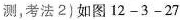
测，考法2)如图12-3-27